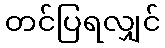
တင်ပြရလျှင်